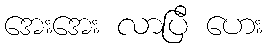
အေးအေး လာပြီ ဟေး